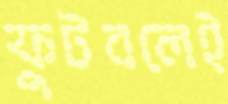
ফুটবলেই